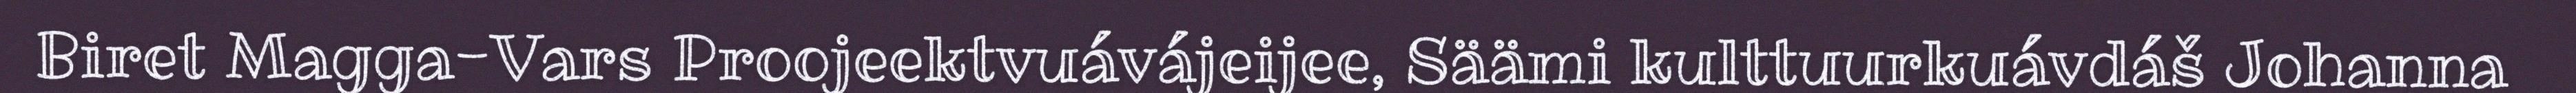
Biret Magga-Vars Proojeektvuávájeijee, Säämi kulttuurkuávdáš Johanna